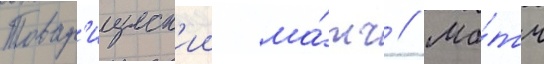
Товар'ищеск'ии ма́тч // Ма́тч